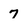
Character: 7